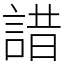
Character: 諎